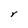
Character: Y